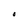
Character: O